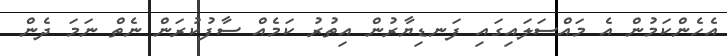
އެހެންކަމުން އެ މައްސަލައިގައި ފަނޑިޔާރުން އިތުރު ކަމެއް ސާފުކުރަން ނެތް ނަމަ ދެން